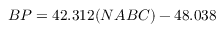
B P = 4 2 . 3 1 2 ( N A B C ) - 4 8 . 0 3 8